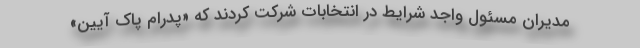
مدیران مسئول واجد شرایط در انتخابات شرکت کردند که «پدرام پاک آیین»